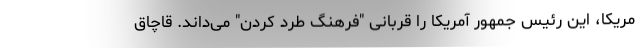
مریکا، این رئیس جمهور آمریکا را قربانی "فرهنگ طرد کردن" می‌داند. قاچاق